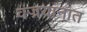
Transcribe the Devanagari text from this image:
वज्रयानात